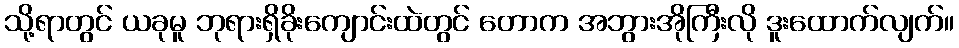
သို့ရာတွင် ယခုမူ ဘုရားရှိခိုးကျောင်းထဲတွင် တောက အဘွားအိုကြီးလို ဒူးထောက်လျက်။